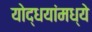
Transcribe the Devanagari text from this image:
योद्धयांमध्ये